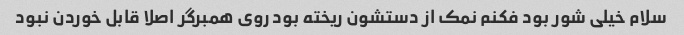
سلام خیلی شور بود فکنم نمک از دستشون ریخته بود روی همبرگر اصلا قابل خوردن نبود